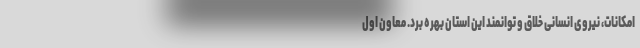
امکانات، نیروی انسانی خلاق و توانمند این استان بهره برد. معاون اول